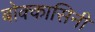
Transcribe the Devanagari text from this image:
बोक्कासिनी